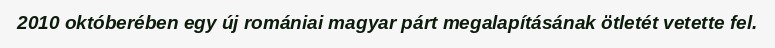
2010 októberében egy új romániai magyar párt megalapításának ötletét vetette fel.